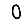
Digit: 0